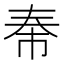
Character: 𪥐